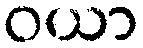
ဝယာ